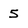
Character: 5